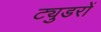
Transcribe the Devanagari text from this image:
ट्युडरों